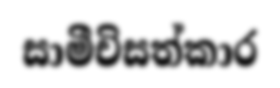
සාමීචිසත්කාර